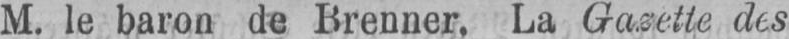
M. le baron de Brenner, La Gazette des